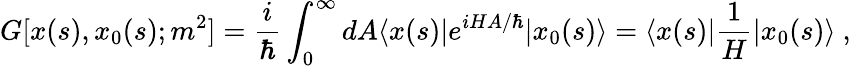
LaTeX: G[x(s),x_{0}(s);m^{2}]={\frac{i}{\hbar}}\int_{0}^{\infty}dA\langle x(s)|e^{iHA/\hbar}|x_{0}(s)\rangle=\langle x(s)|{\frac{1}{H}}|x_{0}(s)\rangle\ ,